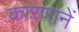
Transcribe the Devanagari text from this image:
कारणानें